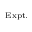
_ \mathrm { E x p t . }